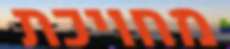
מחויכת